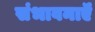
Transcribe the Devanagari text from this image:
संभावनाऍं